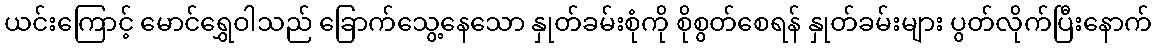
ယင်းကြောင့် မောင်ရွှေဝါသည် ခြောက်သွေ့နေသော နှုတ်ခမ်းစုံကို စိုစွတ်စေရန် နှုတ်ခမ်းများ ပွတ်လိုက်ပြီးနောက်